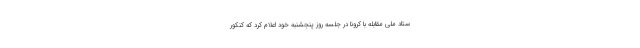
ستاد ملی مقابله با کرونا در جلسه روز پنجشنبه خود اعلام کرد که کنکور